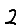
Digit: 2